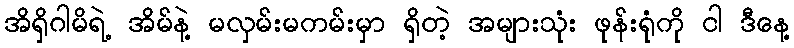
အိရှိဂါမိရဲ့ အိမ်နဲ့ မလှမ်းမကမ်းမှာ ရှိတဲ့ အများသုံး ဖုန်းရုံကို ငါ ဒီနေ့